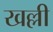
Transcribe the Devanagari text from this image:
खल्ली